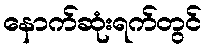
နောက်ဆုံးရက်တွင်